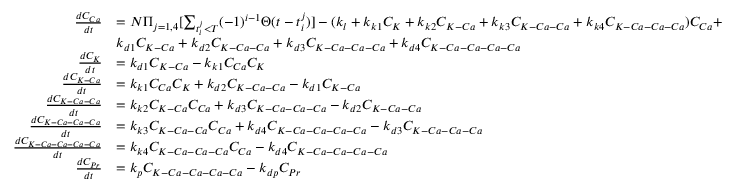
\begin{array} { r l } { \frac { d C _ { C a } } { d t } } & { = N \Pi _ { j = 1 , 4 } [ \sum _ { t _ { i } ^ { j } < T } ( - 1 ) ^ { i - 1 } \Theta ( t - t _ { i } ^ { j } ) ] - ( k _ { l } + k _ { k 1 } C _ { K } + k _ { k 2 } C _ { K - C a } + k _ { k 3 } C _ { K - C a - C a } + k _ { k 4 } C _ { K - C a - C a - C a } ) C _ { C a } + } \\ & { k _ { d 1 } C _ { K - C a } + k _ { d 2 } C _ { K - C a - C a } + k _ { d 3 } C _ { K - C a - C a - C a } + k _ { d 4 } C _ { K - C a - C a - C a - C a } } \\ { \frac { d C _ { K } } { d t } } & { = k _ { d 1 } C _ { K - C a } - k _ { k 1 } C _ { C a } C _ { K } } \\ { \frac { d C _ { K - C a } } { d t } } & { = k _ { k 1 } C _ { C a } C _ { K } + k _ { d 2 } C _ { K - C a - C a } - k _ { d 1 } C _ { K - C a } } \\ { \frac { d C _ { K - C a - C a } } { d t } } & { = k _ { k 2 } C _ { K - C a } C _ { C a } + k _ { d 3 } C _ { K - C a - C a - C a } - k _ { d 2 } C _ { K - C a - C a } } \\ { \frac { d C _ { K - C a - C a - C a } } { d t } } & { = k _ { k 3 } C _ { K - C a - C a } C _ { C a } + k _ { d 4 } C _ { K - C a - C a - C a - C a } - k _ { d 3 } C _ { K - C a - C a - C a } } \\ { \frac { d C _ { K - C a - C a - C a - C a } } { d t } } & { = k _ { k 4 } C _ { K - C a - C a - C a } C _ { C a } - k _ { d 4 } C _ { K - C a - C a - C a - C a } } \\ { \frac { d C _ { P r } } { d t } } & { = k _ { p } C _ { K - C a - C a - C a - C a } - k _ { d p } C _ { P r } } \end{array}